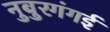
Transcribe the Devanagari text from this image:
नुबुरगंगई